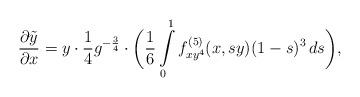
LaTeX: \begin{align*}\frac{\partial \tilde y}{\partial x} = y\cdot \frac{1}{4} g^{-\frac{3}{4}} \cdot \biggl( \frac{1}{6} \int\limits_{0}^1 f_{xy^{4}}^{(5)}(x,sy)(1-s)^3\,ds \biggr),\end{align*}